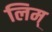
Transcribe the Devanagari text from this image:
लिम्‌